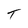
Character: T